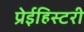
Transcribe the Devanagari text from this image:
प्रेईहिस्टरी